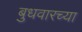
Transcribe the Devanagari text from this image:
बुधवारच्या